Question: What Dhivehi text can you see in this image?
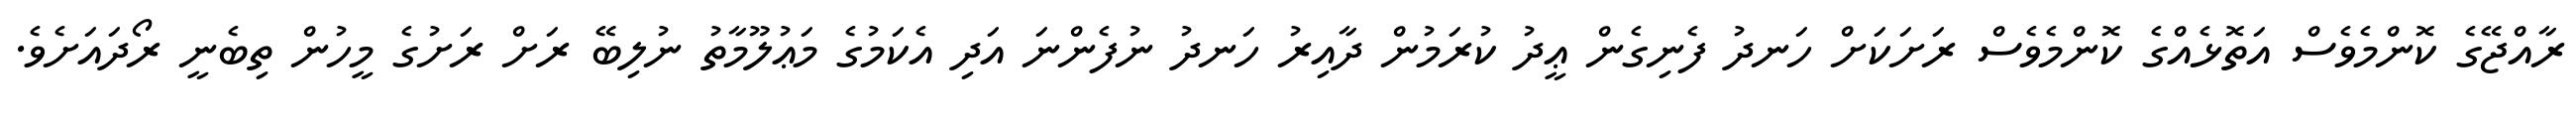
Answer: ރާއްޖޭގެ ކޮންމެވެސް އަތޮޅެއްގެ ކޮންމެވެސް ރަށަކަށް ހަނދު ފެނިގެން ޢީދު ކުރަމުން ދާއިރު ހަނދު ނުފެންނަ އަދި އެކަމުގެ މަޢުލޫމާތު ނުލިބޭ ރަށް ރަށުގެ މީހުން ތިބެނީ ރޯދައަށެވެ.